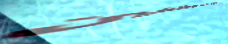
دخول الموظفين